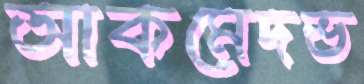
আকমেদভ